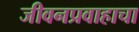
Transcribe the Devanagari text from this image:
जीवनप्रवाहाचा